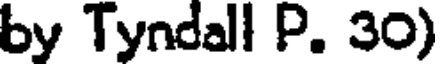
by Tyndall P. 30)